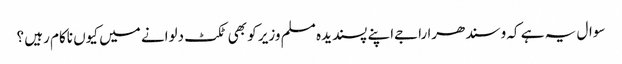
سوال یہ ہے کہ وسندھرا راجےاپنے پسندیدہ مسلم وزیر کو بھی ٹکٹ دلوانے میں کیوں ناکام رہیں ؟